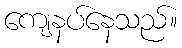
ကျေနပ်နေသည်။